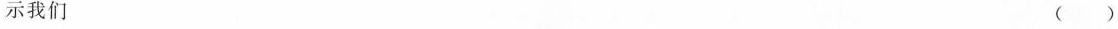
示我们 ( )